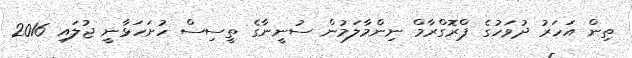
ތިން އަހަރު ދުވަހުގެ ޕްރޮގްރާމް ނިންމާލަމުން ސުނީނާގެ ތީސިސް ހުށަހަޅާނީ ޖުލައި 2016